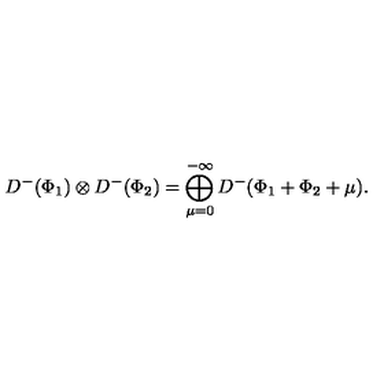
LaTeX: D ^ { - } ( \Phi _ { 1 } ) \otimes D ^ { - } ( \Phi _ { 2 } ) = \bigoplus _ { \mu = 0 } ^ { - \infty } D ^ { - } ( \Phi _ { 1 } + \Phi _ { 2 } + \mu ) .